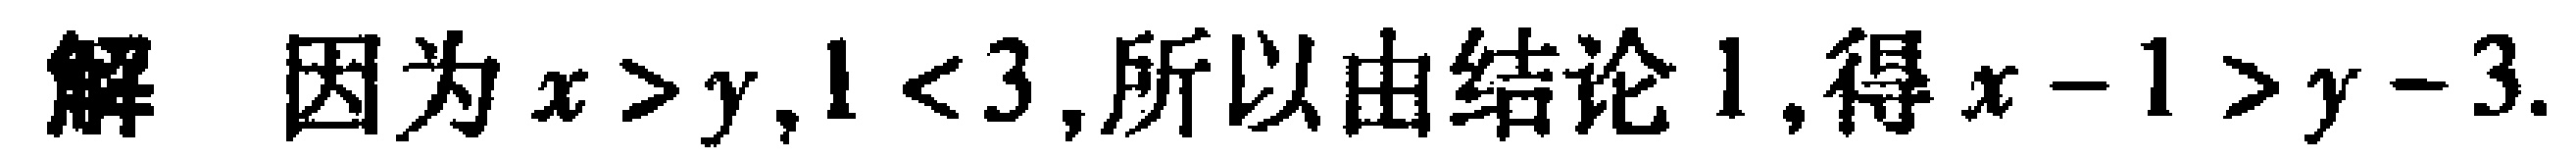
解 因为\(x > y,1 < 3\),所以由结论1,得\(x - 1 > y - 3\).